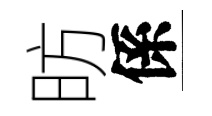
昉係